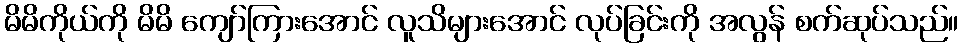
မိမိကိုယ်ကို မိမိ ကျော်ကြားအောင် လူသိများအောင် လုပ်ခြင်းကို အလွန် စက်ဆုပ်သည်။